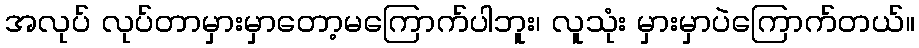
အလုပ် လုပ်တာမှားမှာတော့မကြောက်ပါဘူး၊ လူသုံး မှားမှာပဲကြောက်တယ်။